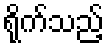
ရိုက်သည့်